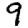
Digit: 9